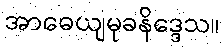
အာဓေယျမုခနိဒ္ဒေသ။